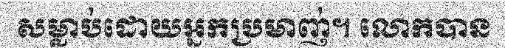
សម្លាប់ដោយអ្នកប្រមាញ់។ លោកបាន